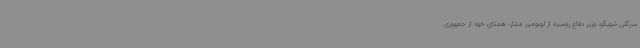
سرگئی شویگو، وزیر دفاع روسیه از لوبومیر متنار، همتای خود از جمهوری